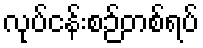
လုပ်ငန်းစဉ်တစ်ရပ်